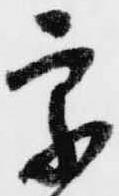
宗